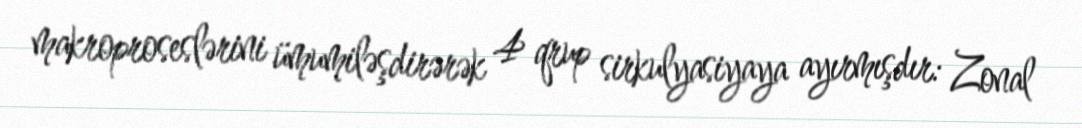
makroproseslərini ümumiləşdirərək 4 qrup sirkulyasiyaya ayırmışdır: Zonal